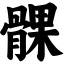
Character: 髁